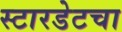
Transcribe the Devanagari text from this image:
स्टारडेटचा